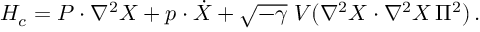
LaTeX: { \cal H } _ { c } = P \cdot \nabla ^ { 2 } X + p \cdot \dot { X } + \sqrt { - \gamma } \; V ( \nabla ^ { 2 } X \cdot \nabla ^ { 2 } X \, \Pi ^ { 2 } ) \, .